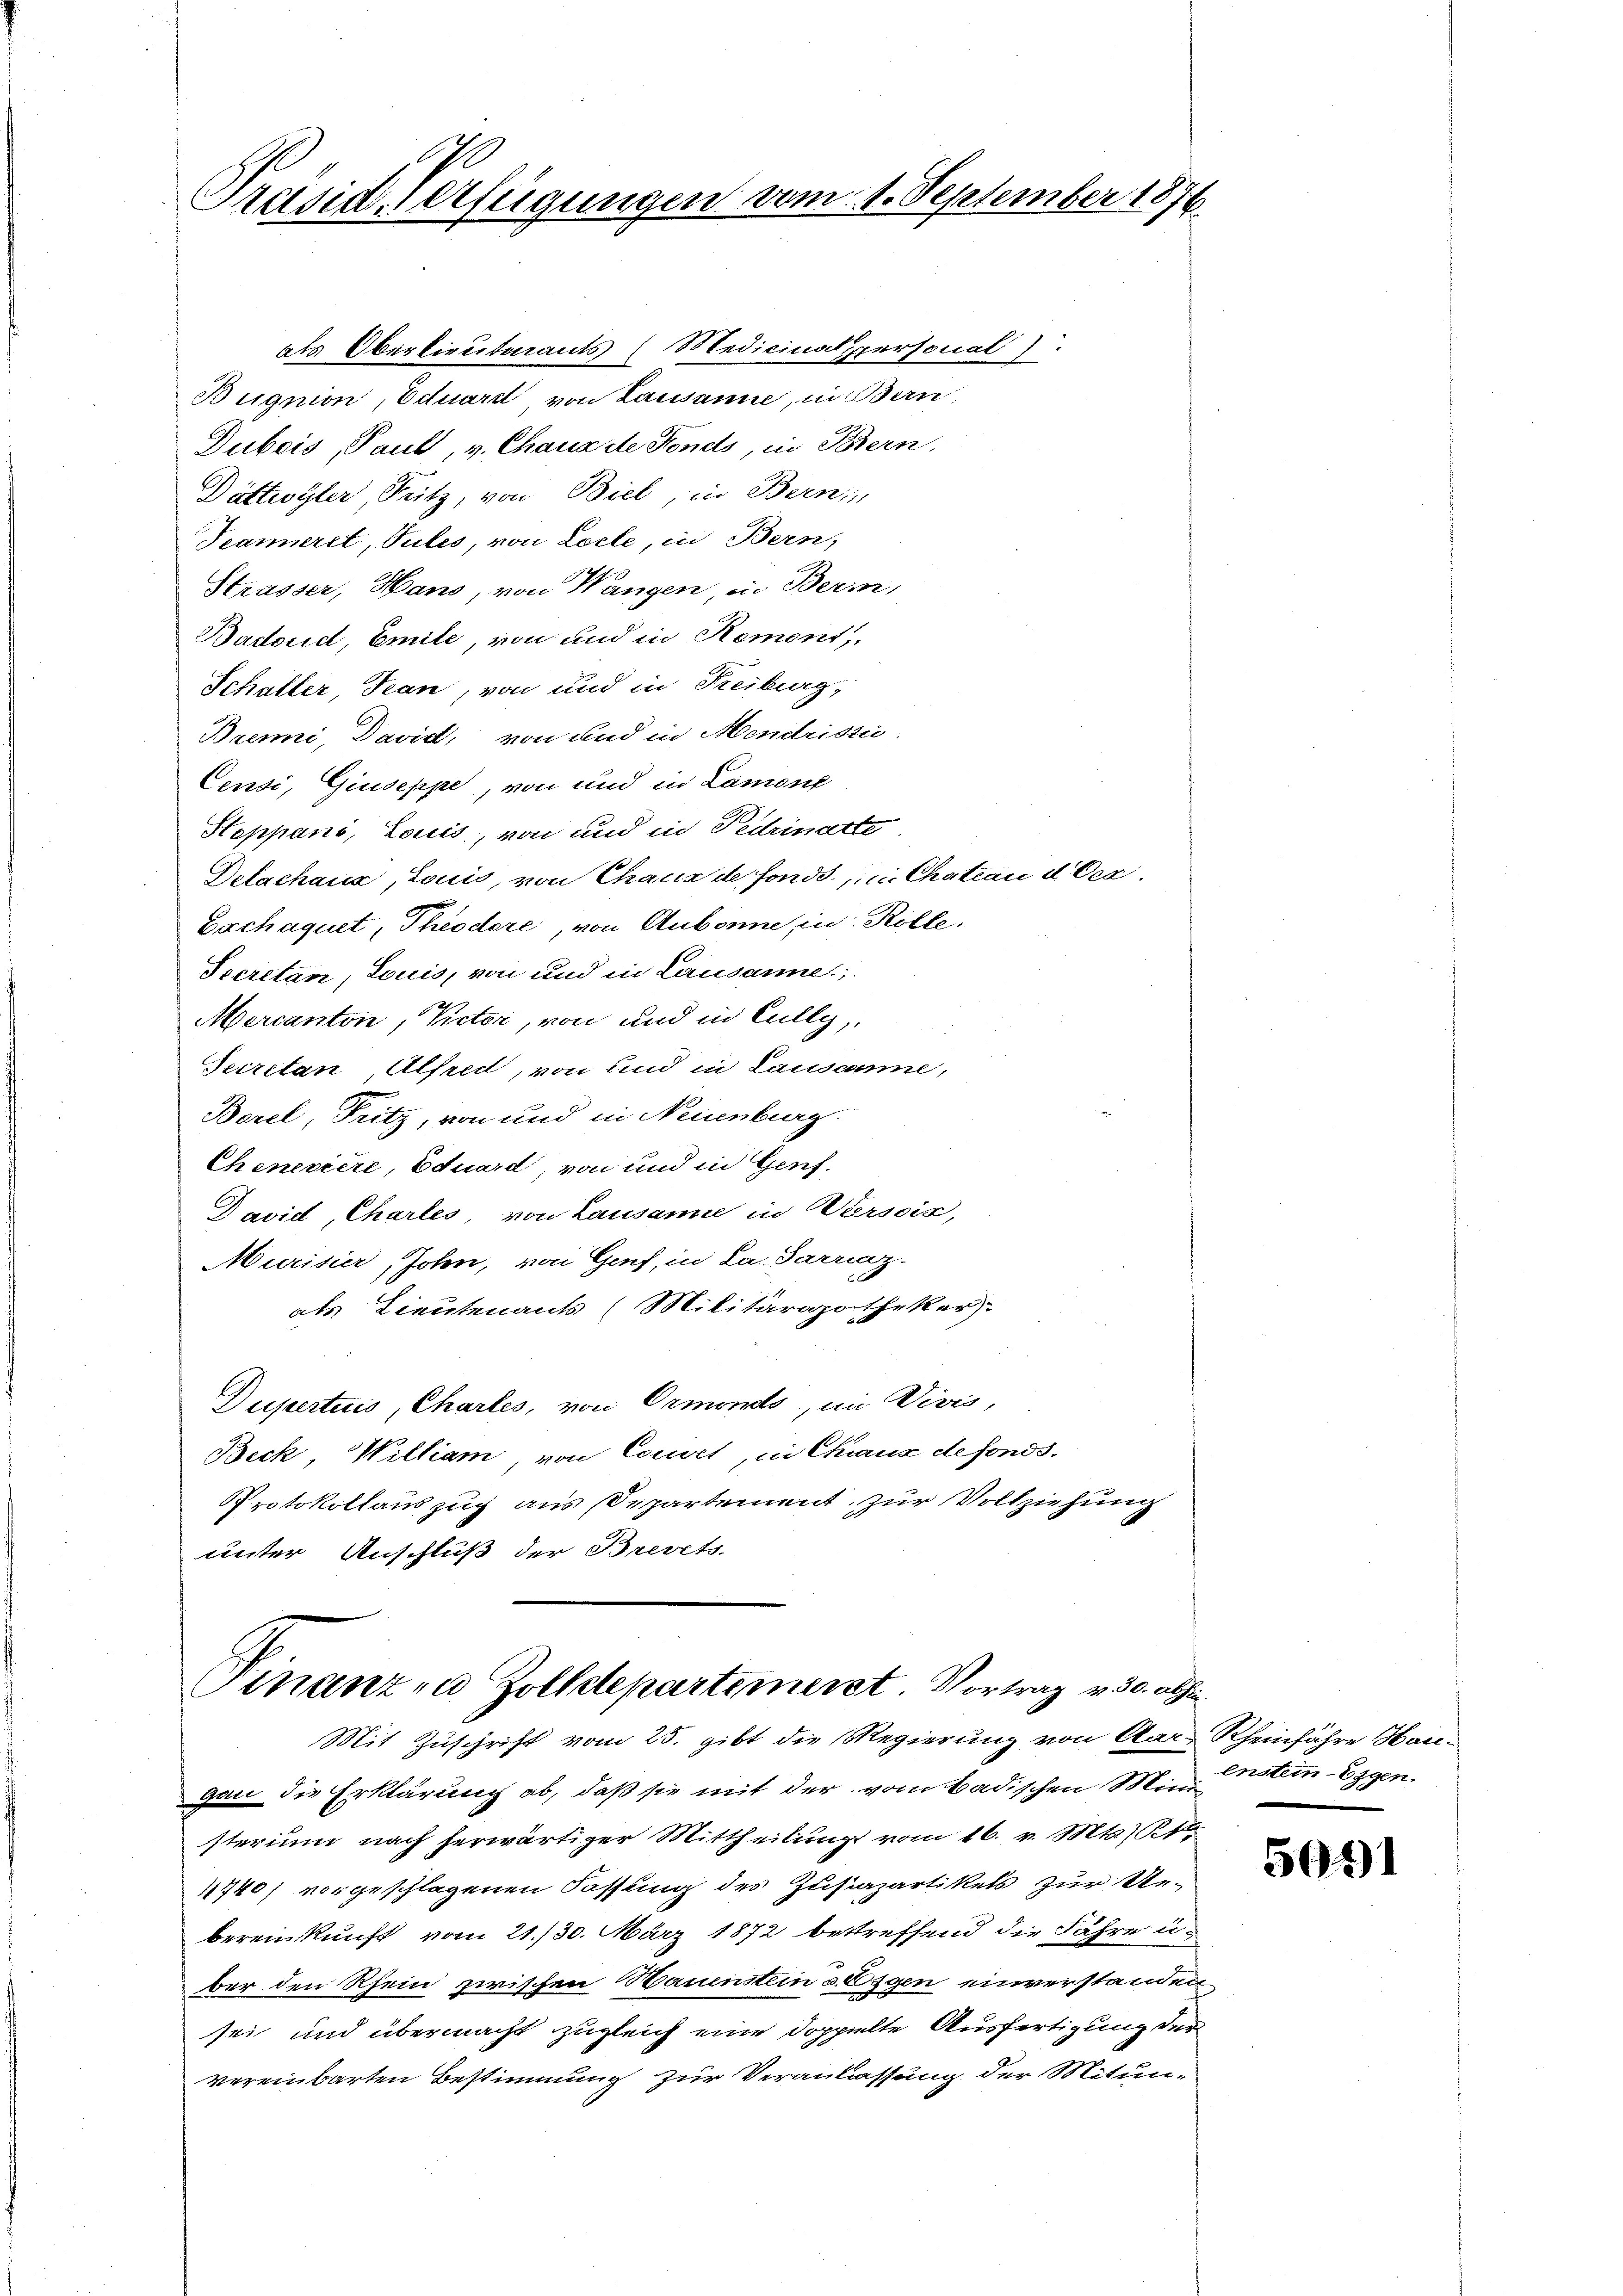
Präsid. Verfügungen vom 1. September 1876

als Oberlieuteramts (Medicinalpersonal
Bugnion, Eduard von Lausanne, in Bern,
Dubois, Paul, v. Chaux de Fonds, in Bern,
Dättwyler, Fritz, von Biel, in Bernen
Peanneret, Tutes, von Loite, in Bern,
Strasser, Hans, von Wangen, u. Bern
Bartoud, Emile, von und in Remont,
Schaller, Tean, von und in Freiburg,
Brenni, David, von und in Mendristii.
Censi, Giuseppe, von und in Lamone
Stoppani, Lauis, von und in Fedinatte.
Delachaus, Louis, von Chaux de fond, in Chation d Oerbachaquet, Theodore, von Aubonne, in Rolle.
Secretan, Louis, von und in Lausanne,
Mercanton, Victor, von und in Cully
Secretan Alfred, von und in Lausanne,
Borel, Fritz, von und in Neuenburg.
Cheneviere, Eduard von und in Genf.
Davidl, Chartes von Lausanne in Wersein,
Murisier, John, von Gif, in La-Sarraz.
als Lieutenants (Militärapotheker
Dupertis, Chartes, von Ormonds, im Divis,
Beck William von Couvet, in Chraus defonds.
Protokollauszug aus Departement zur Vollziehung
unter Anschluß der Brevets-

Finanzen Zolldepartimerst. Vortrag v. 30. abhin

Mit Zuschrift vom 25. gibt die Regierung von Aar- Rheinfahre Haugan die Erklärung ab, daß sie mit der vom badischen Mini
sterium nach herwärtiger Mittheilung vom 16. v. Mts. T
1740) vorgeschlagenen Fassung des Zustizartikels zur Uebereinkunft vom 21./30. März 1872 betreffend die Jahre u.
ber den Rhein zwischen Mauenstein Eigen einverstanden
sei und übermacht zugleich eine doppelte Ausfertigung der
vereinbarten Bestimmung zur Veranlassung der Mitun¬

enstem Eigen.

5041